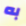
به